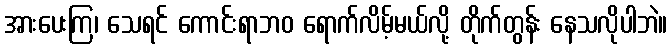
အားပေးကြ၊ သေရင် ကောင်းရာဘဝ ရောက်လိမ့်မယ်လို့ တိုက်တွန်း နေသလိုပါဘဲ။